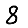
Digit: 8